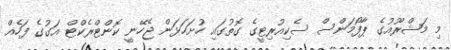
މި މަޝްރޫއުގެ ޕާފޯމަންސް ސެކިއުރިޓީގެ ގޮތުގައި ހުށަހަޅަން ޖެހޭނީ ކޮންޓްރެކްޓް އަގުގެ ފަހެއް